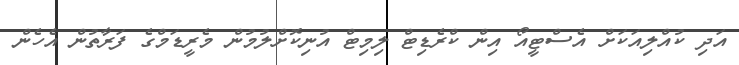
އަދި ކުއްލިއަކަށް އެސްޓީއޯ އިން ކްރެޑިޓް ލިމިޓް އުނިކޮށްލުމުން މެރީޑަމްގެ ފަރާތުން އެހެން